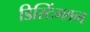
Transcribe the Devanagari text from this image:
डिस्टिंग्शन